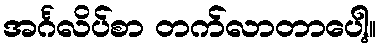
အင်္ဂလိပ်စာ တက်လာတာပေါ့။